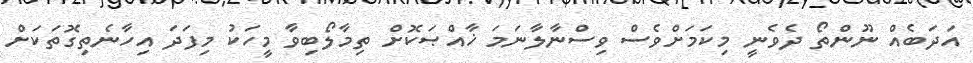
އަދަބެއް ނޫންތޯ ދެވެނީ މިކަމަށްވެސް ވިސްނާލާނަމަ ޚާއްޞަކޮށް ތިމާލޯބިވާ މީހަކު މިފަދަ އިހާނެތިގޮތަކަށް